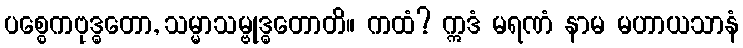
ပစ္စေကဗုဒ္ဓတော, သမ္မာသမ္ဗုဒ္ဓတောတိ။ ကထံ? ဣဒံ မရဏံ နာမ မဟာယသာနံ